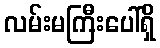
လမ်းမကြီးပေါ်ရှိ